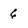
Character: 6